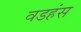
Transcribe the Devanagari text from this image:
वडहंस